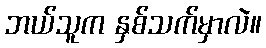
ဘယ်သူက နှစ်သက်မှာလဲ။